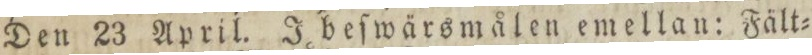
Den 23 April. I beſwärsmålen emellan: Fält=